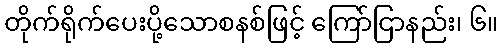
တိုက်ရိုက်ပေးပို့သောစနစ်ဖြင့် ကြော်ငြာနည်း၊ ၆။